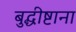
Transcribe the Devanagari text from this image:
बुद्धीष्टाना